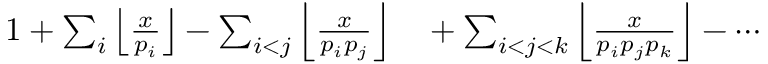
\begin{array} { r l } { 1 + \sum _ { i } \left\lfloor { \frac { x } { p _ { i } } } \right\rfloor - \sum _ { i < j } \left\lfloor { \frac { x } { p _ { i } p _ { j } } } \right\rfloor } & { { } + \sum _ { i < j < k } \left\lfloor { \frac { x } { p _ { i } p _ { j } p _ { k } } } \right\rfloor - \cdots } \end{array}